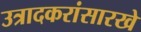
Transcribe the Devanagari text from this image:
उत्रादकरांसारखे